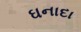
ઘનાદા